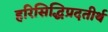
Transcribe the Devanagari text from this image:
हरिसिद्धिप्रदतीर्थ